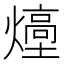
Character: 㸀